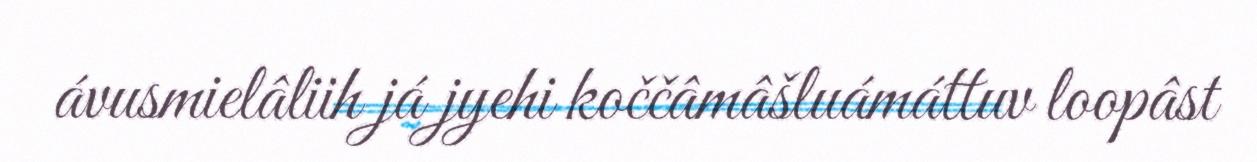
ávusmielâliih já jyehi koččâmâšluámáttuv loopâst